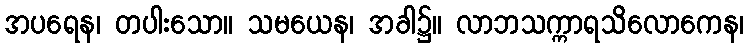
အပရေန၊ တပါးသော။ သမယေန၊ အခါ၌။ လာဘသက္ကာရသိလောကေန၊